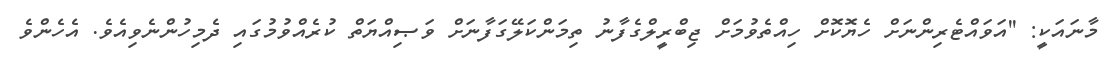
މާނައަކީ: ''އަވައްޓެރިންނަށް ހެޔޮކޮށް ހިއްތެވުމަށް ޖިބްރީލްގެފާނު ތިމަންކަލޭގަފާނަށް ވަޞިއްޔަތް ކުރެއްވުމުގައި ދެމިހުންނެވިއެވެ. އެހެންވެ